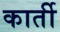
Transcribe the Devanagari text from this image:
कार्ती